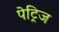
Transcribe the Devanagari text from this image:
पेट्रिज